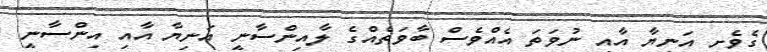
ގެވެށި އަނިޔާ އާއި ނުވަތަ އެއްވެސް ބާވަތެއްގެ ލާއިންސާނީ އަނިޔާ އާއި އިންސާނީ